Riigikantselei, lk 156
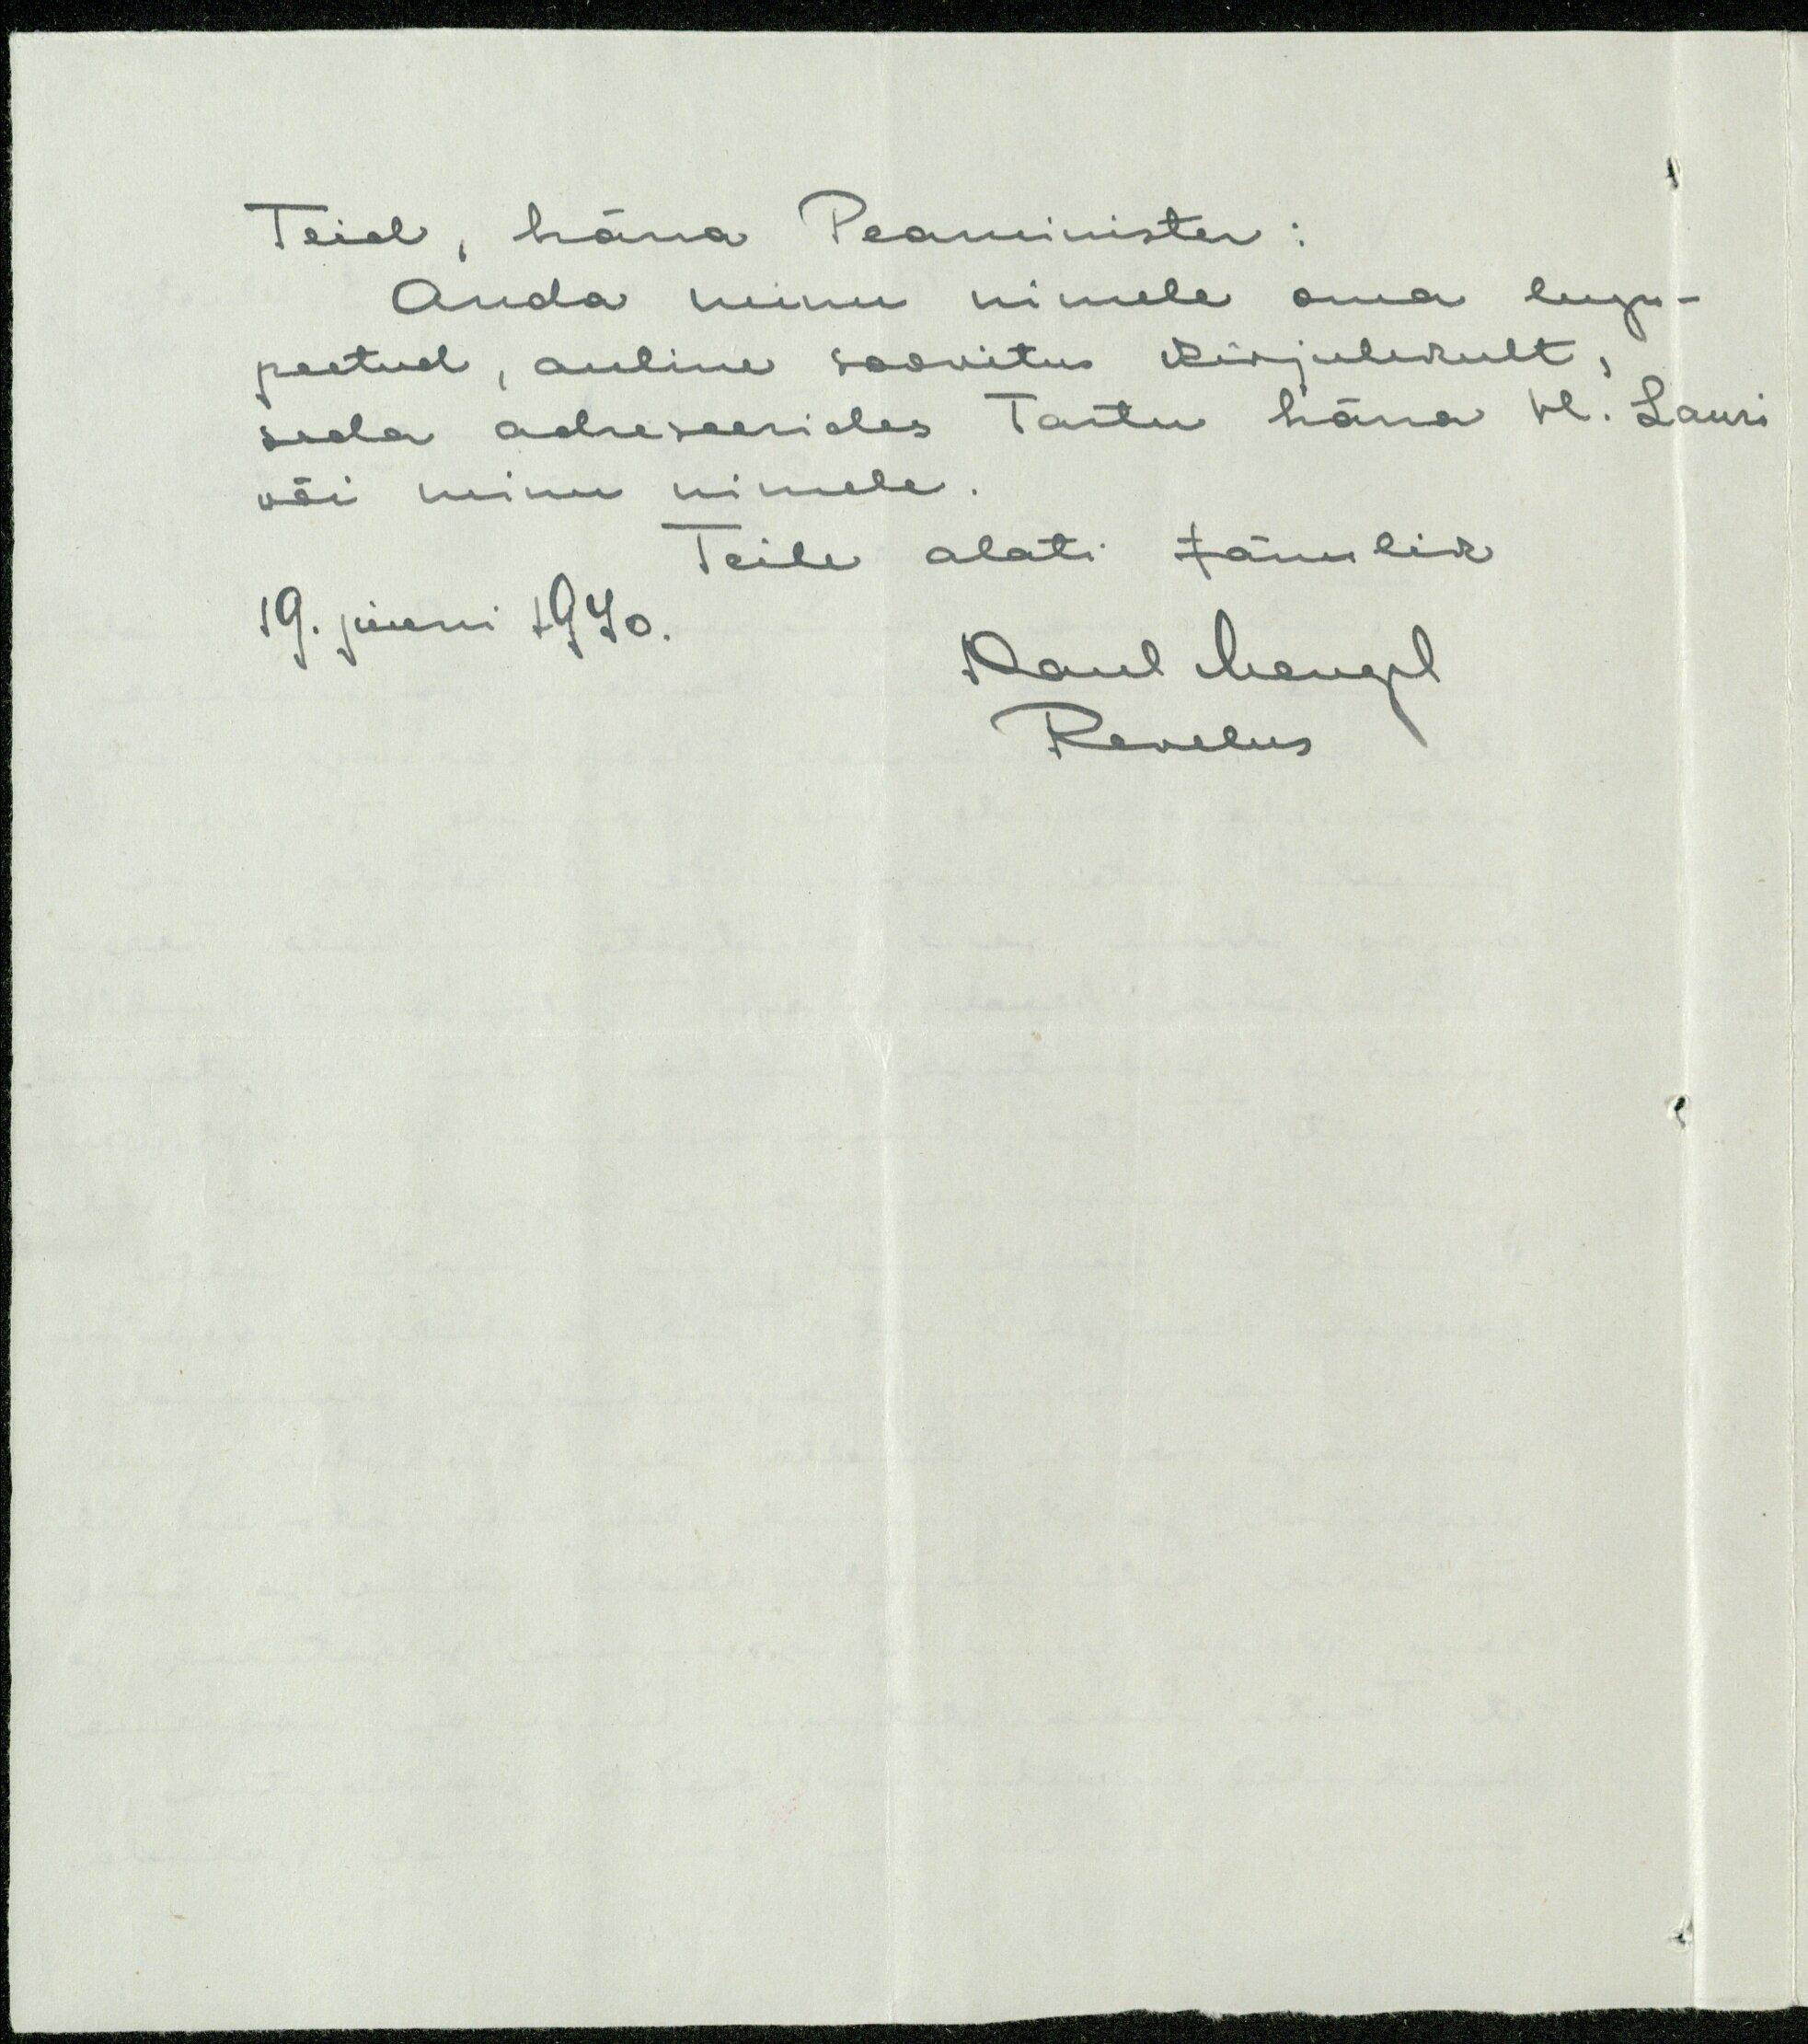
Teid, häna Peaminister:
Anda minu nimele oma lugu-
peetud, auline soovitus kirjalikult
seda adreseerides Tartu härra vil!. Lauri
või minu nimele.
Teile alati tänulik
19. juuni 1940.
Paul Mengel
Revelus